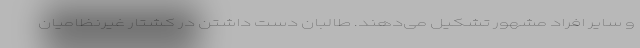
و سایر افراد مشهور تشکیل می‌دهند. طالبان دست داشتن در کشتار غیرنظامیان